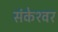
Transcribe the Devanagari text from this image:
संकेश्‍वर